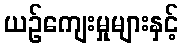
ယဉ်ကျေးမှုများနှင့်